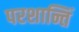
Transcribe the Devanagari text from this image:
परशान्तिं